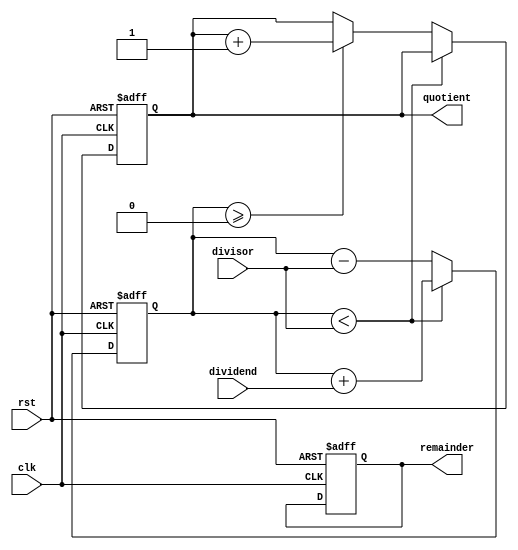
module counter_based_divider (
    input wire clk,
    input wire rst,
    input wire [31:0] dividend,
    input wire [31:0] divisor,
    output reg [31:0] quotient,
    output reg [31:0] remainder
);

reg [31:0] counter;

always @(posedge clk or posedge rst) begin
    if (rst) begin
        counter <= 32'h0;
        quotient <= 32'h0;
        remainder <= 32'h0;
    end else begin
        if (counter < divisor) begin
            counter <= counter + dividend;
        end else begin
            counter <= counter - divisor;
            if (counter >= 0) begin
                quotient <= quotient + 32'h1;
            end
        end
    end
end

endmodule